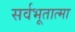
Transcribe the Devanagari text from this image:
सर्वभूतात्मा